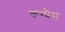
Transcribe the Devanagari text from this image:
कम्प्रैस